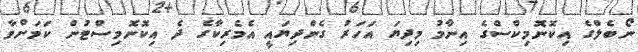
ނޯބެލްގެ އިކޮނޮމިކްސްގެ އިނާމު މިދިޔަ އަހަރު ގެންދިޔައީ އެމެރިކާގެ ދެ އިކޮނޮމިސްޓުން ކަމަށްވާ